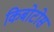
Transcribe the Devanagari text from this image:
किबोटोस